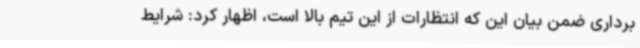
برداری ضمن بیان این که انتظارات از این تیم بالا است، اظهار کرد: شرایط